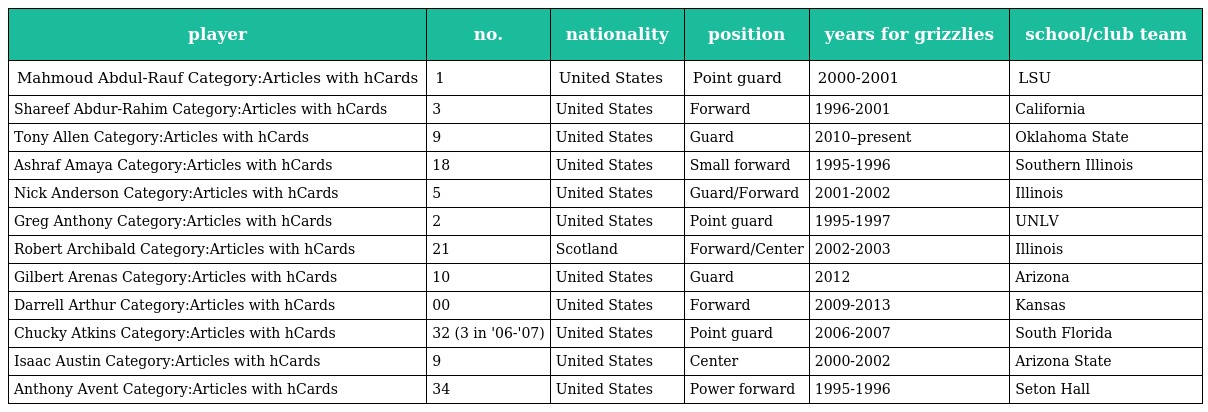
| player | no. | nationality | position | years for grizzlies | school/club team |
 | --- | --- | --- | --- | --- | --- |
 | Mahmoud Abdul-Rauf Category:Articles with hCards | 1 | United States | Point guard | 2000-2001 | LSU |
 | Shareef Abdur-Rahim Category:Articles with hCards | 3 | United States | Forward | 1996-2001 | California |
 | Tony Allen Category:Articles with hCards | 9 | United States | Guard | 2010–present | Oklahoma State |
 | Ashraf Amaya Category:Articles with hCards | 18 | United States | Small forward | 1995-1996 | Southern Illinois |
 | Nick Anderson Category:Articles with hCards | 5 | United States | Guard/Forward | 2001-2002 | Illinois |
 | Greg Anthony Category:Articles with hCards | 2 | United States | Point guard | 1995-1997 | UNLV |
 | Robert Archibald Category:Articles with hCards | 21 | Scotland | Forward/Center | 2002-2003 | Illinois |
 | Gilbert Arenas Category:Articles with hCards | 10 | United States | Guard | 2012 | Arizona |
 | Darrell Arthur Category:Articles with hCards | 00 | United States | Forward | 2009-2013 | Kansas |
 | Chucky Atkins Category:Articles with hCards | 32 (3 in '06-'07) | United States | Point guard | 2006-2007 | South Florida |
 | Isaac Austin Category:Articles with hCards | 9 | United States | Center | 2000-2002 | Arizona State |
 | Anthony Avent Category:Articles with hCards | 34 | United States | Power forward | 1995-1996 | Seton Hall |